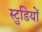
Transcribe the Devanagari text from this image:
स्टुडियों